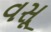
વસૂ